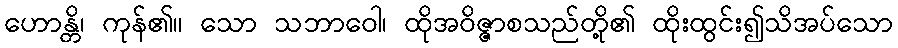
ဟောန္တိ၊ ကုန်၏။ သော သဘာဝေါ၊ ထိုအဝိဇ္ဇာစသည်တို့၏ ထိုးထွင်း၍သိအပ်သော